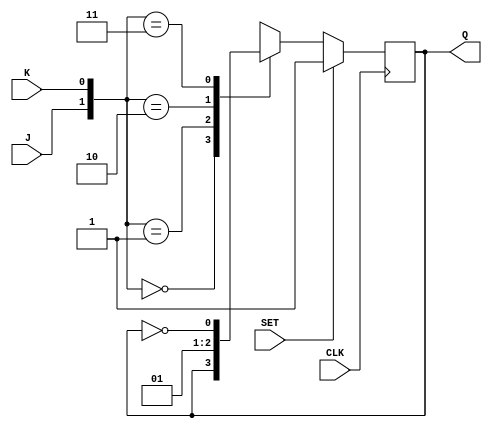
`timescale 1ns / 1ps
//////////////////////////////////////////////////////////////////////////////////
// Company: 
// Engineer: 
// 
// Design Name: 
// Module Name: FF_JK
// Project Name: 
// Target Devices: 
// Tool Versions: 
// Description: 
// 
// Dependencies: 
// 
// Revision:
// Revision 0.01 - File Created
// Additional Comments:
// 
//////////////////////////////////////////////////////////////////////////////////


module FF_JK(J, K, SET, CLK, Q
    );
    
    input J, K, SET, CLK;
    output reg Q;
    
    always @(posedge CLK)
        if (SET) begin 
            Q <= 1'b1;
        end
        else
        case ({J,K})
            2'b00 : Q <= Q;
            2'b01 : Q <= 0;
            2'b10 : Q <= 1;
            2'b11 : Q <= ~Q;
        endcase
           
endmodule